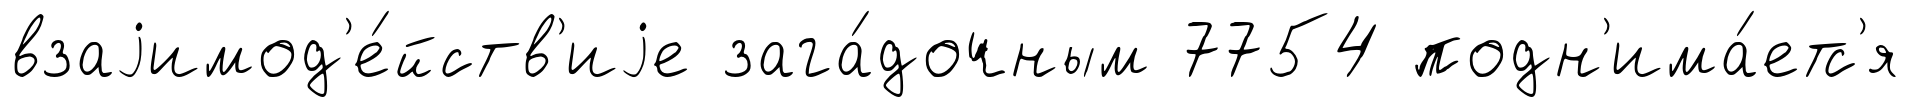
взаjимод'е́йств'иjе зага́дочным 7754 подн'има́етс'я